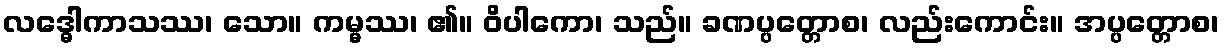
လဒ္ဓေါကာသဿ၊ သော။ ကမ္မဿ၊ ၏။ ဝိပါကော၊ သည်။ ခဏပ္ပတ္တောစ၊ လည်းကောင်း။ အပ္ပတ္တောစ၊